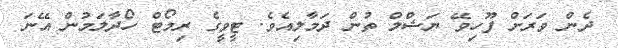
ދެން ވަރަށް ފޫހިވޭ ޔަޝްމް ތުން ދަމާލިއެވެ. ޓީވީގެ ރިމޯޓް ހޯދާލަމުން އޭނަ